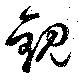
観